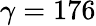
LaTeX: \gamma=176